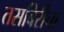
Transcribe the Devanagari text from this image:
तसबिरीचा